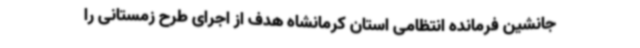
جانشین فرمانده انتظامی استان کرمانشاه هدف از اجرای طرح زمستانی را